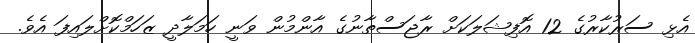
އެޅި ސަރުކާރުގެ 12 އޮފިޝަލަކަށް ރާޖަސްތާނުގެ އާންމުން ވަނީ ހަމަލާދީ ޒަހަމްކޮށްލައިފަ އެވެ.